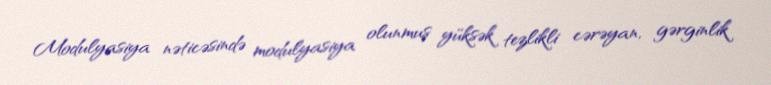
Modulyasiya nəticəsində modulyasiya olunmuş yüksək tezlikli cərəyan, gərginlik